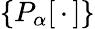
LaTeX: \{ P_{\alpha}[\, \cdot\, ]\}